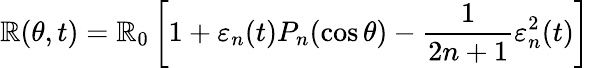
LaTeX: \mathbb{R}(\theta,t)=\mathbb{R}_{0}\left[1+\varepsilon_{n}(t)P_{n}(\cos\theta)-\frac{{1}}{{2n+1}}\varepsilon_{n}^{2}(t)\right]